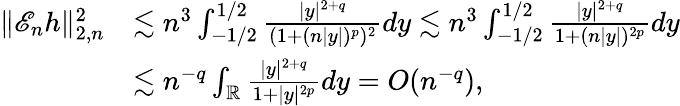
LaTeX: \begin{array}{rl}{\| \mathscr{E}_{n}h\| _{2,n}^{2}}&{\lesssim n^{3}\int_{-1/2}^{1/2}\frac{|y|^{2+q}}{(1+(n|y|)^{p})^{2}}dy\lesssim n^{3}\int_{-1/2}^{1/2}\frac{|y|^{2+q}}{1+(n|y|)^{2p}}dy}\\ &{\lesssim n^{-q}\int_{\mathbb{R}}\frac{|y|^{2+q}}{1+|y|^{2p}}dy=O(n^{-q}),}\end{array}